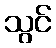
သွင်